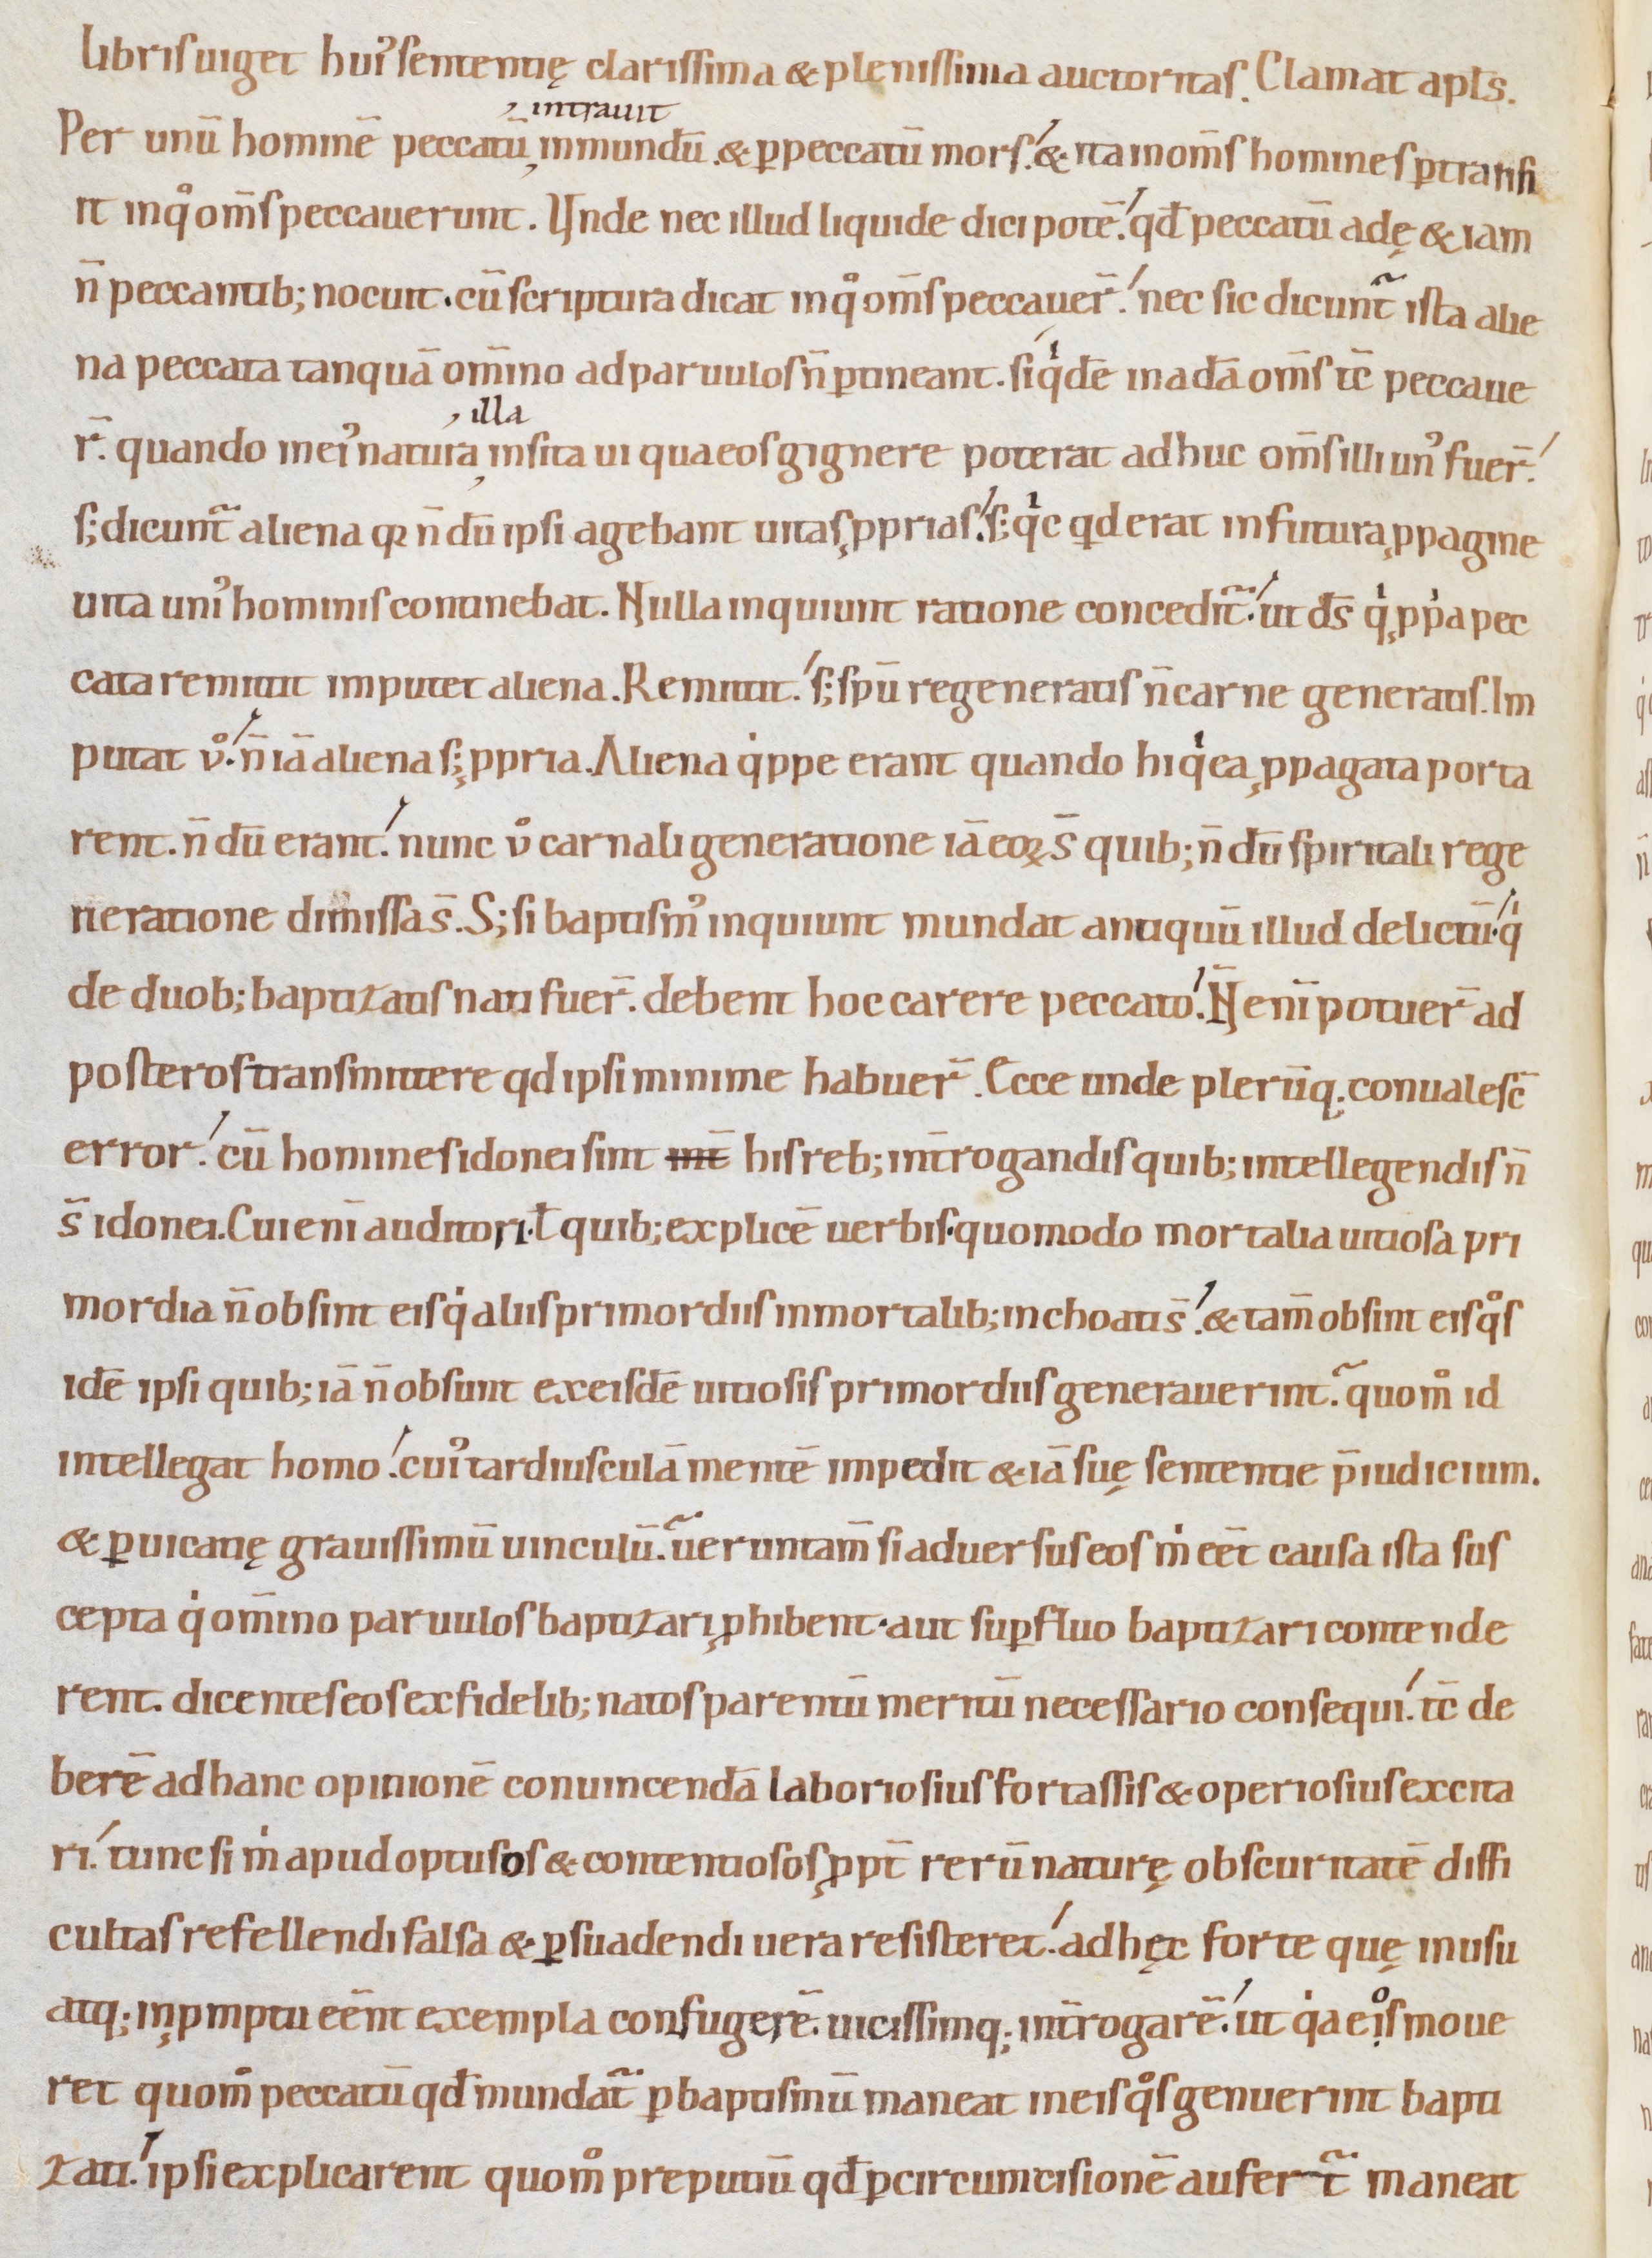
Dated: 1080–1096